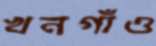
খনগাঁও